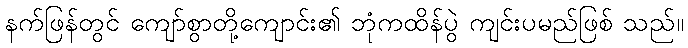
နက်ဖြန်တွင် ကျော်စွာတို့ကျောင်း၏ ဘုံကထိန်ပွဲ ကျင်းပမည်ဖြစ် သည်။